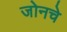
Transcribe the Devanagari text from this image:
जोनचे